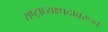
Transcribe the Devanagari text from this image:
राष्ट्राध्यक्ष्पदावरून